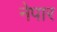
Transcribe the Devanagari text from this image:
नेपार